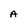
Character: A